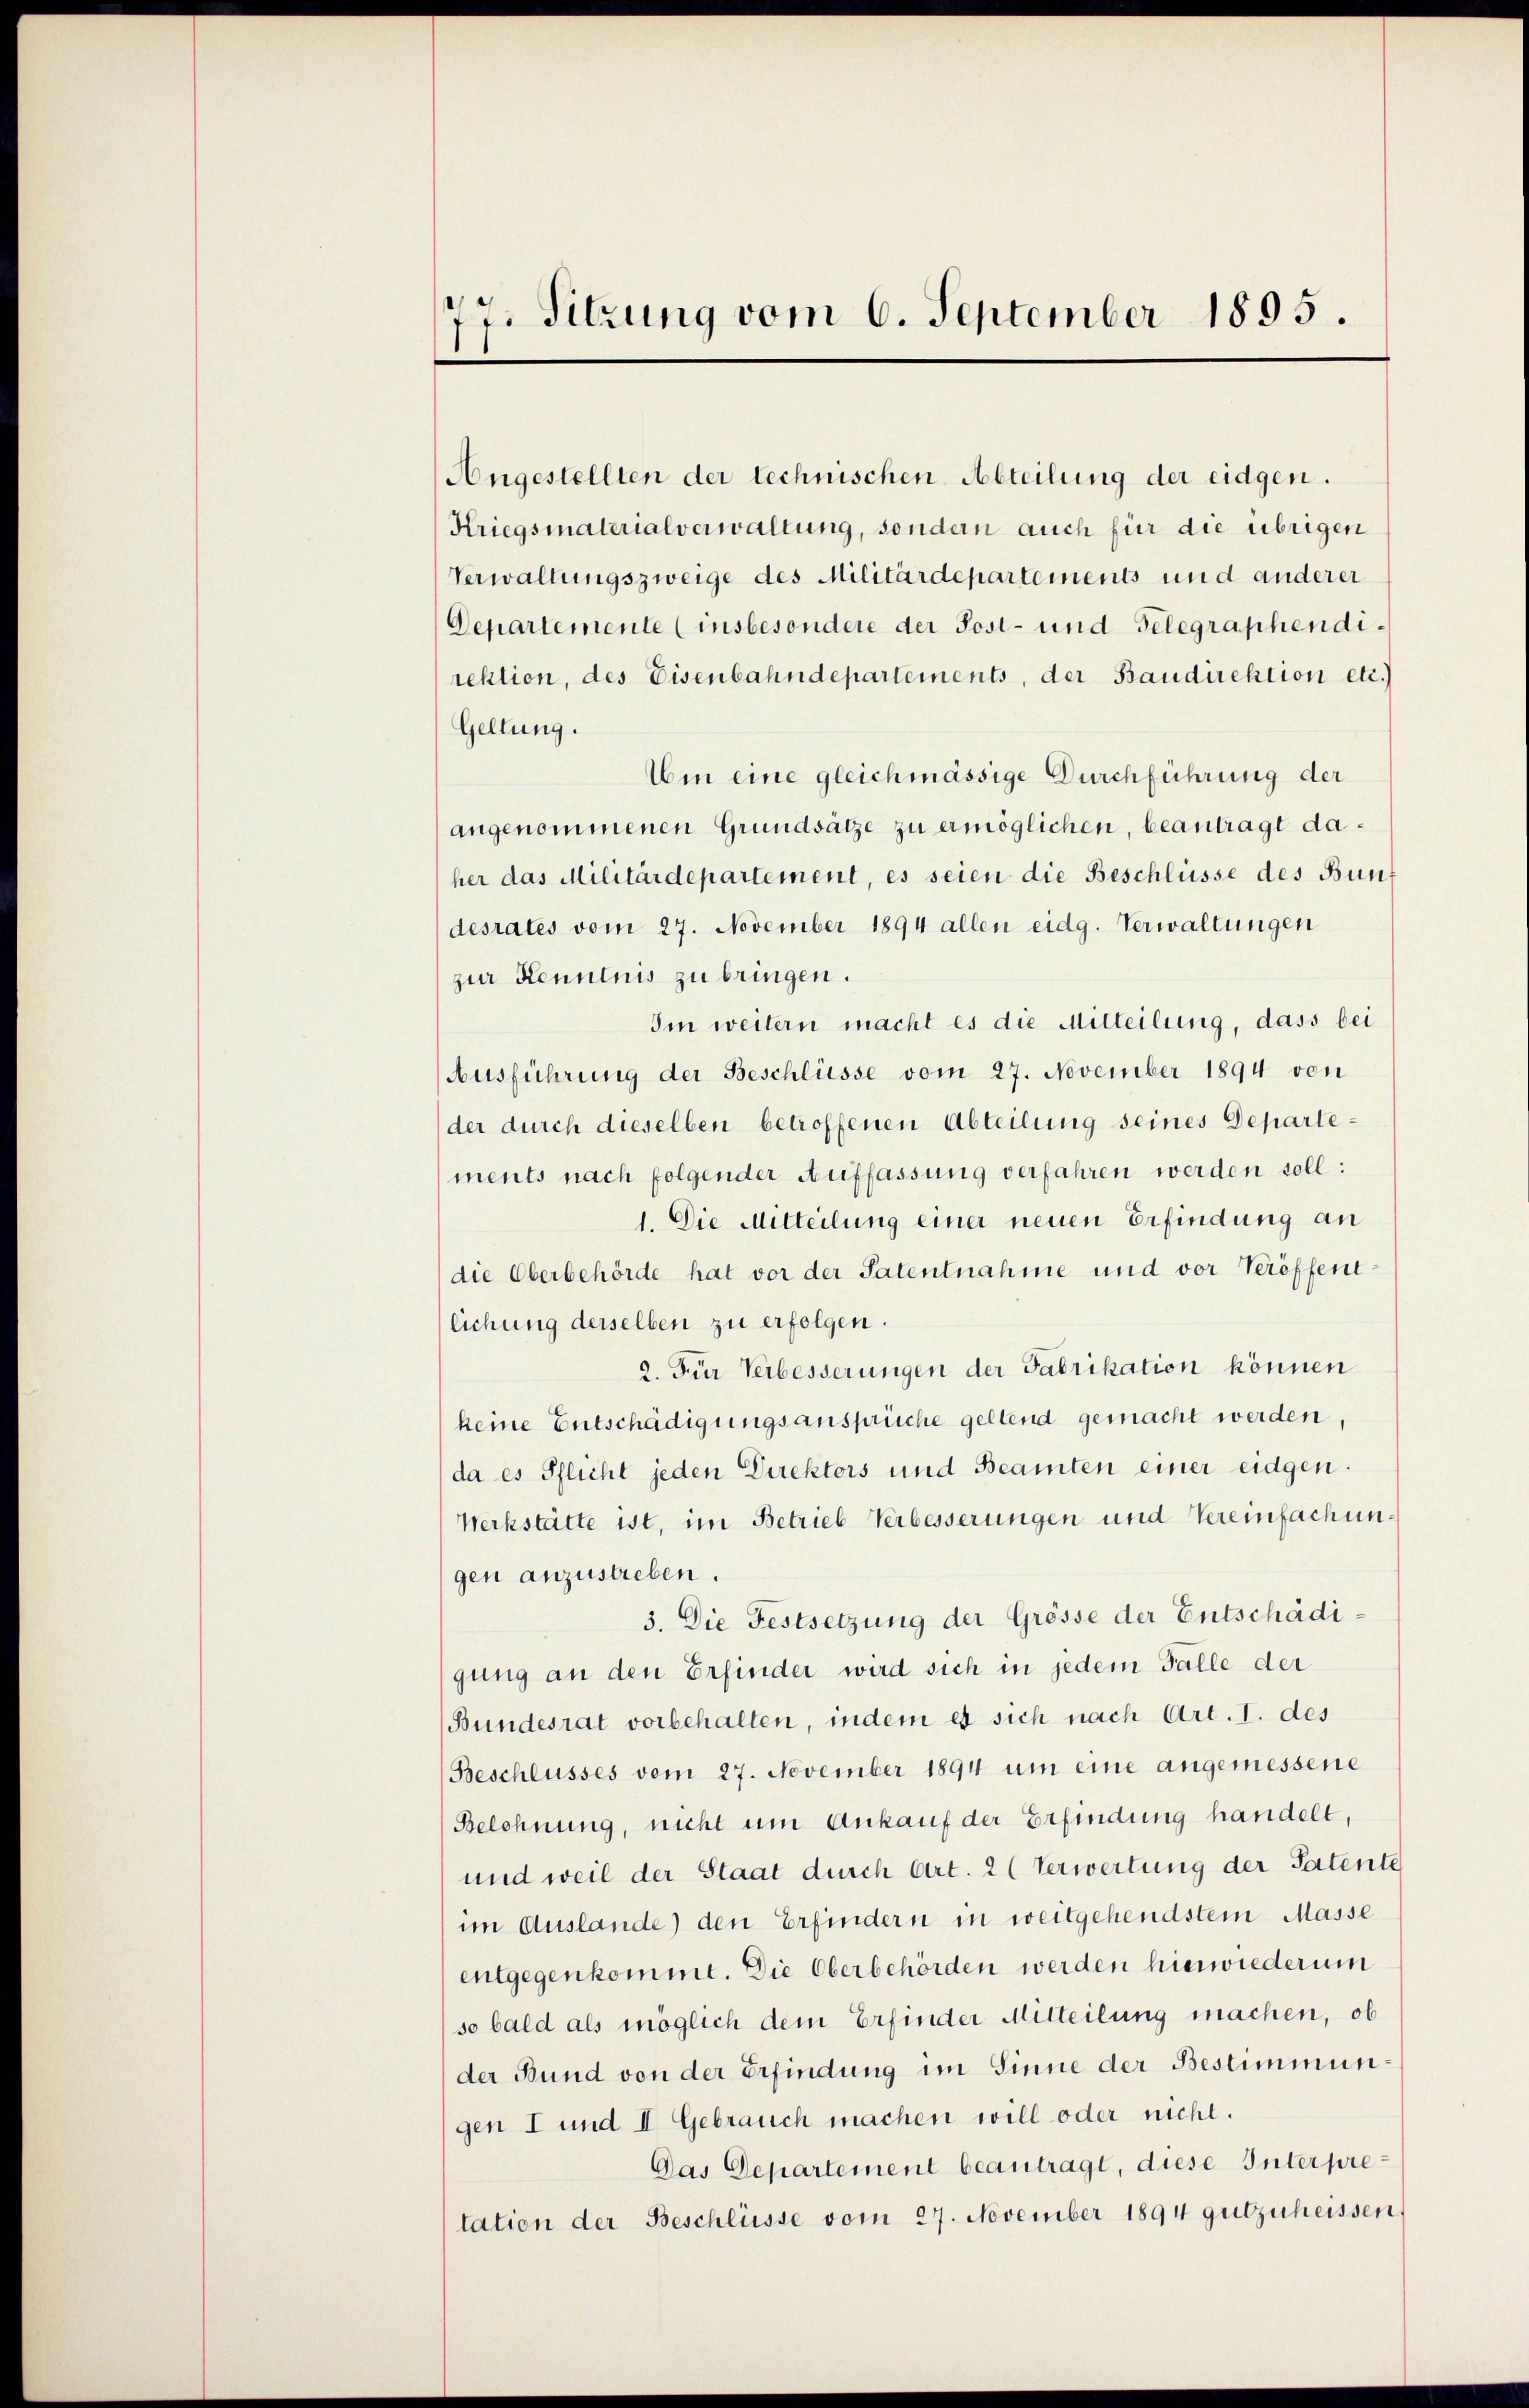
77. Sitzung vom 6. September 1895.

Angestellten der technischen Abteilung der eidgen.
Kriegsmaterialverwaltung, sondern auch für die übrigen
Verwaltungszweige des Militärdepartements und anderer
Departemente (insbesondere der Post- und Gelegraphendirektion, des Eisenbahndepartements, der Baudirektion etc.)
Geltung.
Uin eine gleichmässige Durchführung der
angenommenen Grundsätze zu ermöglichen, beantragt daher das Militärdepartement, es seien die Beschlüsse des Bun
desrates vom 27. November 1894 allen eidg. Verwaltungen
zur Kenntnis zu bringen.
Im weitern macht es die Mitteilung, dass bei
Ausführung der Beschlüsse vom 27. November 1894 von
der durch dieselben betroffenen Abteilung seines Departements nach folgender Auffassung verfahren werden soll:
1. Die Mitteilung einer neuen Erfindung an
die Oberbehörde hat vor der Patentnahme und vor Veröffentlichung derselben zu erfolgen.
2. Für Verbesserungen der Fabrikation können
keine Entschädigungsansprüche geltend gemacht werden,
da es Pflicht jeden Direktors und Beamten einer eidgen.
Werkstätte ist, im Betrieb Verbesserungen und Vereinfachungen anzustreben.
3. Die Festsetzung der Grösse der Entschädigung an den Erfinder wird sich in jedem Falle der
(Bundesrat vorbehalten, indem es sich nach Art. I. des
Beschlusses vom 27. November 1894 um eine angemessene
Belehnung, nicht um Ankauf der Erfindung handelt,
und weil der Staat durch Art. 2 (Verwertung der Patente
im Auslande) den Erfindern in weitgehendstem Masse
entgegenkommt. Die Oberbehörden werden hierwiederum
so bald als möglich dem Erfinder Mitteilung machen, ob
der Bund von der Erfindung im Sinne der Bestimmun
gen I und II Gebrauch machen will oder nicht.
Das Departement beantragt, diese Interpretation der Beschlüsse vom 27. November 1894 gutzuheissen